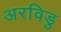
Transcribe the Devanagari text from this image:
अरविडु